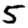
Digit: 5